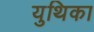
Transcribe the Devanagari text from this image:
युथिका